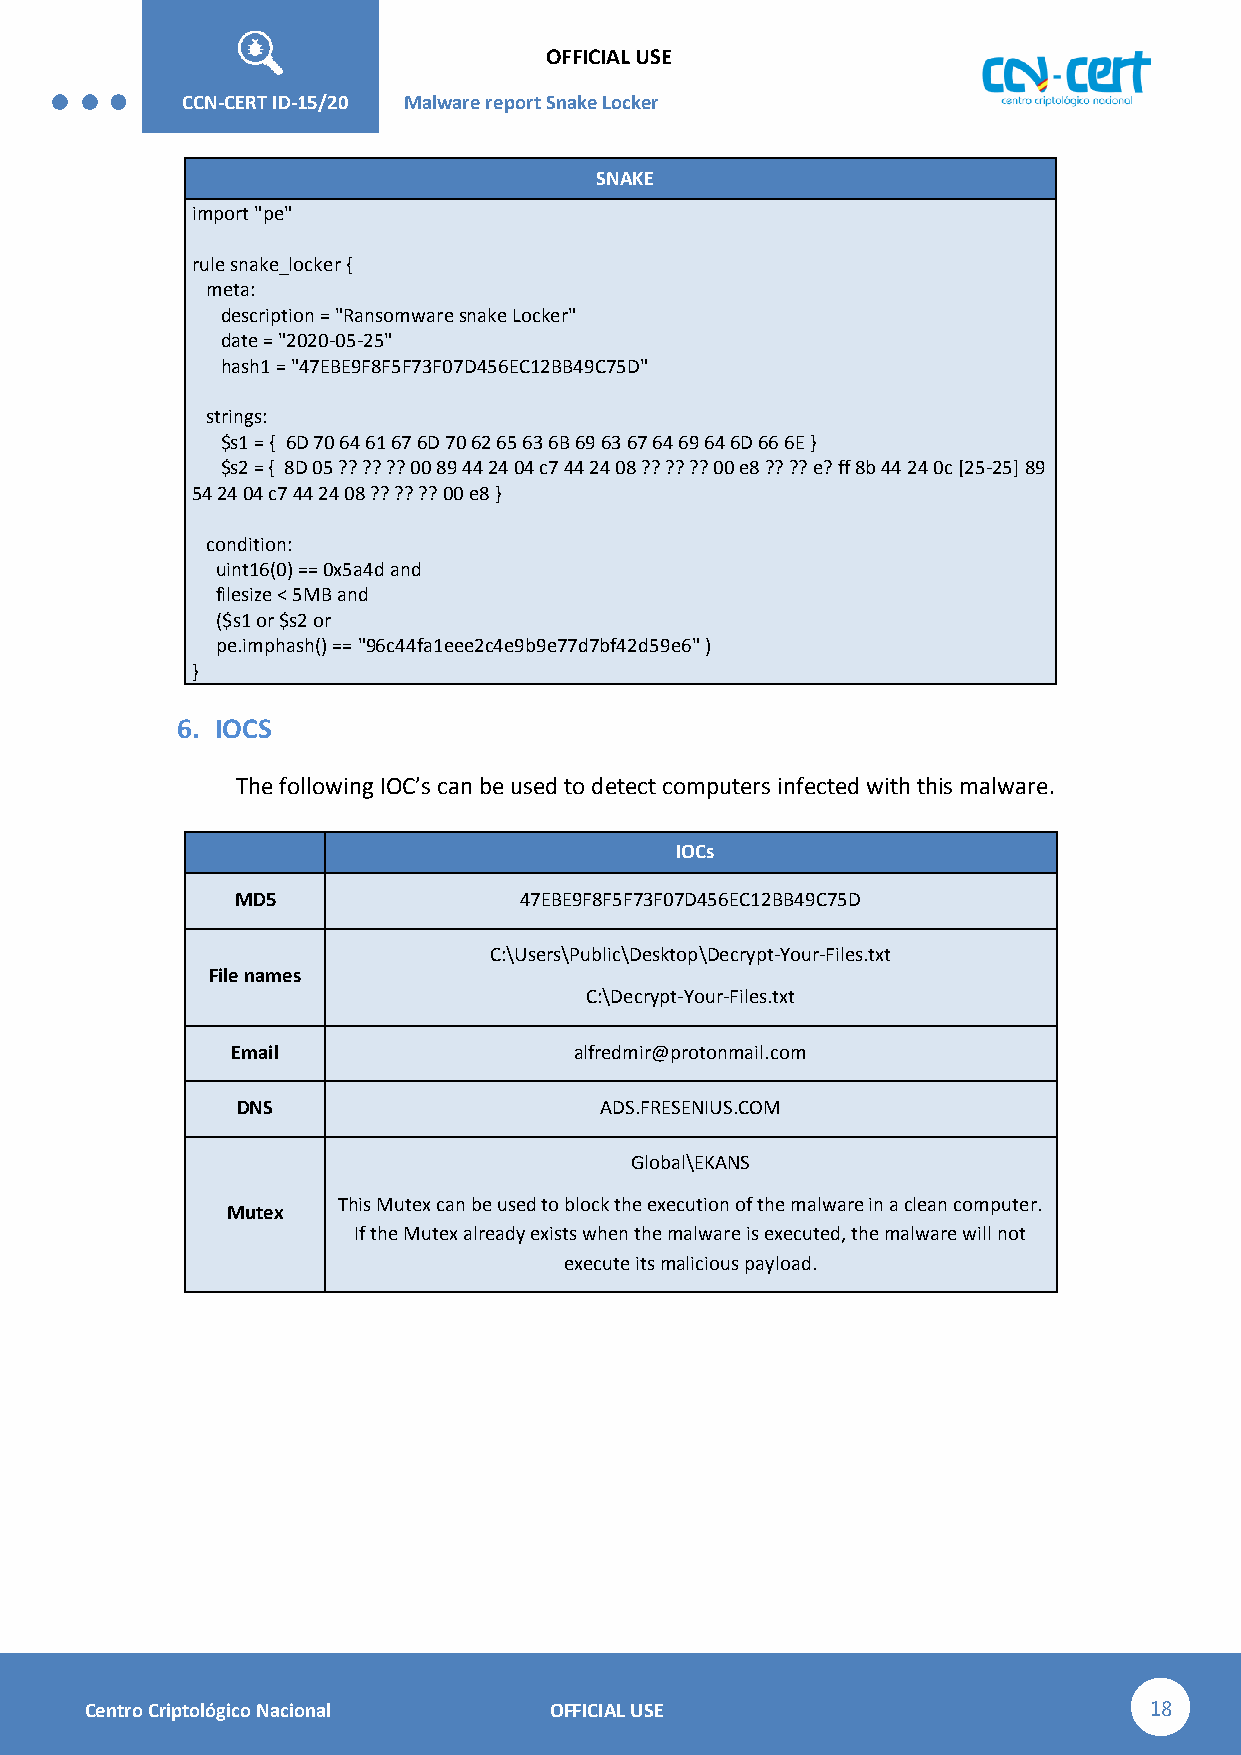
OFFICIAL USE
 CCN-STIC-
 426        CCN-CERT ID-15/20 Malware report Snake Lo cker
 SNAKE
 import "pe"
 rule snake_locker {
 meta:
 description = "Ransomware snake Locker"
 date = "2020-05-25"
 hash1 = "47EBE9F8F5F73F07D456EC12BB49C75D"
 strings:
 $s1 = { 6D 70 64 61 67 6D 70 62 65 63 6B 69 63 67 64 69 64 6D 66 6E }
 $s2 = { 8D 05 ?? ?? ?? 00 89 44 24 04 c7 44 24 08 ?? ?? ?? 00 e8 ?? ?? e? ff 8b 44 24 0c [25-25] 89
 54 24 04 c7 44 24 08 ?? ?? ?? 00 e8 }
 condition:
 uint16(0) == 0x5a4d and
 filesize < 5MB and
 ($s1 or $s2 or
 pe.imphash() == "96c44fa1eee2c4e9b9e77d7bf42d59e6" )
 }
 6. IOCS
 The following IOC’s can be used to detect computers infected with this malware.
 IOCs
 MD5               47EBE9F8F5F73F07D456EC12BB49C75D
 C:\Users\Public\Desktop\Decrypt-Your-Files.txt
 File names
 C:\Decrypt-Your-Files.txt
 Email                  alfredmir@protonmail.com
 DNS                     ADS.FRESENIUS.COM
 Global\EKANS
 This Mutex can be used to block the execution of the malware in a clean computer.
 Mutex
 If the Mutex already exists when the malware is executed, the malware will not
 execute its malicious payload.
 Centro Criptológico Nacional  OFFICIAL USE                            18